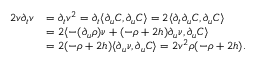
\begin{array} { r l } { 2 v \partial _ { t } v } & { = \partial _ { t } v ^ { 2 } = \partial _ { t } \langle \partial _ { u } C , \partial _ { u } C \rangle = 2 \langle \partial _ { t } \partial _ { u } C , \partial _ { u } C \rangle } \\ & { = 2 \langle - ( \partial _ { u } \rho ) \nu + ( - \rho + 2 h ) \partial _ { u } \nu , \partial _ { u } C \rangle } \\ & { = 2 ( - \rho + 2 h ) \langle \partial _ { u } \nu , \partial _ { u } C \rangle = 2 v ^ { 2 } \rho ( - \rho + 2 h ) . } \end{array}